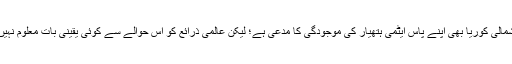
شمالی کوریا بھی اپنے پاس ایٹمی ہتھیار کی موجودگی کا مدعی ہے؛ لیکن عالمی ذرائع کو اِس حوالے سے کوئی یقینی بات معلوم نہیں۔